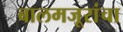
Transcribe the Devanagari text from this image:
बालमजूरांचा